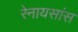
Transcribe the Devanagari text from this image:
रेनायसांस